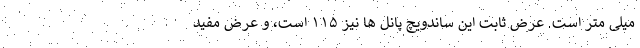
میلی متر است. عرض ثابت این ساندویچ پانل ها نیز ۱۱۵ است، و عرض مفید